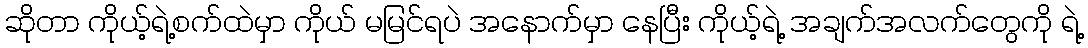
ဆိုတာ ကိုယ့်ရဲ့စက်ထဲမှာ ကိုယ် မမြင်ရပဲ အနောက်မှာ နေပြီး ကိုယ့်ရဲ့ အချက်အလက်တွေကို ရဲ့